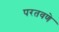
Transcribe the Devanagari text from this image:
परतवणे